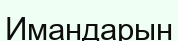
Имандарын